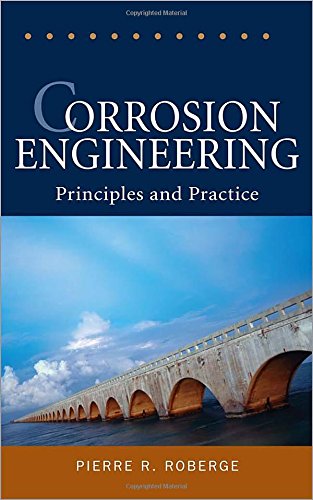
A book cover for Corrosion Engineering: Principles and Practice; Pierre Roberge; Science & Math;